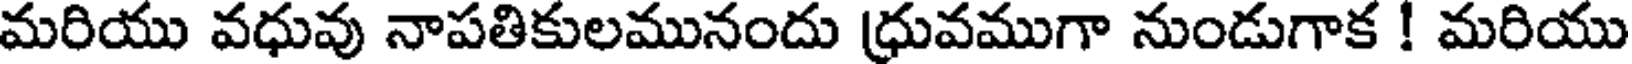
మరియు వధువు నాపతికులమునందు (ధువముగా నుండుగాక ! మరియు